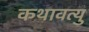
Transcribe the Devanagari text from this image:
कथावत्यु